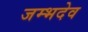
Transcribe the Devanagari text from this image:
जम्भदेव